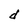
Character: d